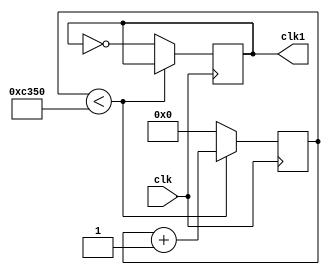
module divfreq(clk, clk1);

input clk;
output reg clk1;
reg [27:0] cont;



always @(posedge clk)begin 

	if(cont < 'd50_000)begin
		cont = cont + 1;
		end

	else begin 
	 clk1 = !clk1;
	 cont = 0;
		
		end
		
end
endmodule